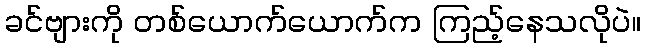
ခင်ဗျားကို တစ်ယောက်ယောက်က ကြည့်နေသလိုပဲ။